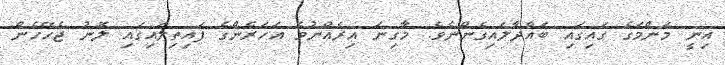
އިނީ މަންމަގެ ގައިގައި ބައްދާލައިގެންނެވެ. މާގިނަ އިރެއްނުވެ އަހަރެންގެ ފައިތިލައިގައި ލޮނު ޖެހޭހެން